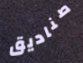
صناديق